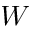
W